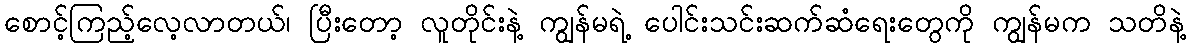
စောင့်ကြည့်လေ့လာတယ်၊ ပြီးတော့ လူတိုင်းနဲ့ ကျွန်မရဲ့ ပေါင်းသင်းဆက်ဆံရေးတွေကို ကျွန်မက သတိနဲ့